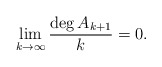
\begin{align*}\lim_{k \to \infty} \frac{\deg A_{k+1}}{k} = 0 .\end{align*}